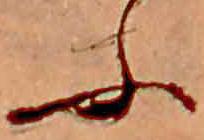
ふ